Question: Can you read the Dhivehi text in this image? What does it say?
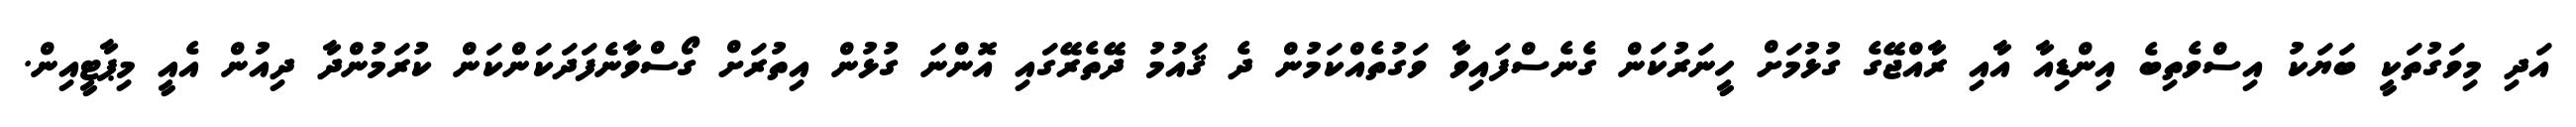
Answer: އަދި މިވަގުތަކީ ބަޔަކު އިސްވެތިބެ އިންޑިއާ އާއި ރާއްޖޭގެ ގުޅުމަށް ހީނަރުކަން ގެނެސްފައިވާ ވަގުތެއްކަމުން ދެ ޤައުމު ދޭތެރޭގައި އޮންނަ ގުޅުން އިތުރަށް ގޯސްވާނެފަދަކަންކަން ކުރަމުންދާ ދިއުން އެއީ މިޕާޓީއިން.